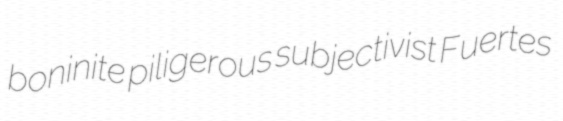
boninite piligerous subjectivist Fuertes